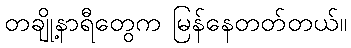
တချို့နာရီတွေက မြန်နေတတ်တယ်။